Civil Veterinary Dept. Bombay admin report 1923-31 - 1923-1931
Year: 1923
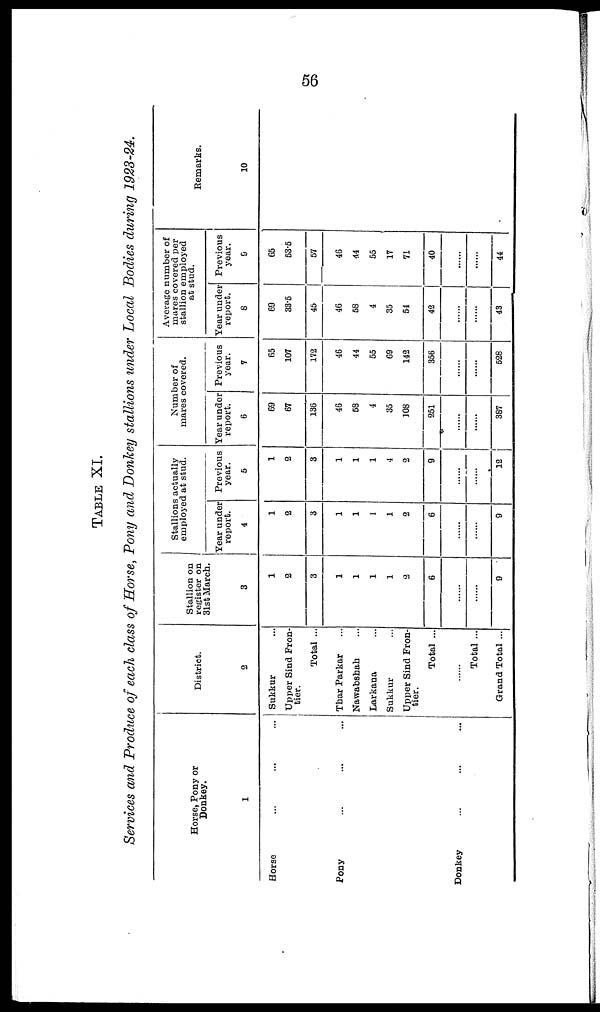
56
TABLE XI.
Services and Produce of each class of Horse, Pony and Donkey stallions under Local Bodies during 1923-24.
Horse, Pony or
Donkey.
1
Horse ... ... ...
Pony ... ... ...
Donkey ... ... ...
District.
2
Sukkur
Upper Sind Fron-
tier.
Total ...
Thar Parkar ...
Nawabsbah ...
Larkana ...
Sukkur
Upper Sind Fron-
tier.
Total ...
......
Total ...
Grand Total ...
Stallion on
register on
31st March.
3
1
2
3
1
1
1
1
2
6
......
......
9
Stallions actually
employed at stud.
Year under
report.
4
1
2
3
1
1
1
1
2
6
......
......
9
Previous
year.
6
1
2
3
1
1
1
4
2
9
......
......
12
Number of
mares covered.
Year under
report.
6
69
67
136
46
68
4
35
108
251
......
......
387
Previous
year.
7
65
107
172
46
44
55
69
142
356
......
......
528
Average number of
mares covered per
stallion employed
at stud.
Year under
report.
8
69
33.5
45
46
58
4
35
54
42
......
......
43
Previous
year.
9
65
53.5
57
46
44
55
17
71
40
......
......
44
Remarks.
10